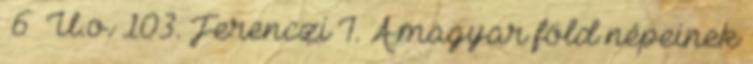
6 U.o. 103. Ferenczi I. A magyar föld népeinek